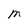
Character: M